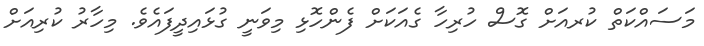
މަސައްކަތް ކުރއަށް ގޮސް ހުރިހާ ގެއަކަށް ފެންހޮޅި މިވަނީ ގުޅައިދީފައެވެ. މިހާރު ކުރިއަށް